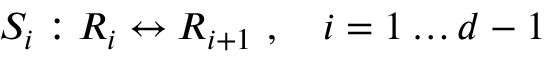
S _ { i } : R _ { i } \leftrightarrow R _ { i + 1 } \ , \quad i = 1 \dots d - 1